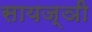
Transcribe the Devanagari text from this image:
सायज्ञी